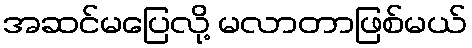
အဆင်မပြေလို့ မလာတာဖြစ်မယ်